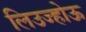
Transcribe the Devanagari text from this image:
लिउज्होऊ